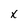
Character: x